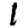
Digit: 1